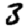
Digit: 3